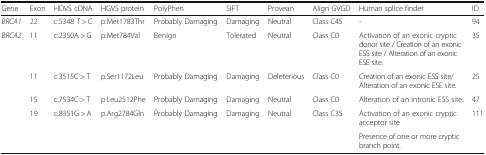
<table><thead><tr><td><b>Gene</b></td><td><b>Exon</b></td><td><b>HDVS cDNA</b></td><td><b>HGVS protein</b></td><td><b>PolyPhen</b></td><td><b>SIFT</b></td><td><b>Provean</b></td><td><b>Align GVGD</b></td><td><b>Human splice finder</b></td><td><b>ID</b></td></tr></thead><tbody><tr><td><i>BRCA1</i></td><td>22</td><td>c.5348 T &gt; C</td><td>p.Met1783Thr</td><td>Probably Damaging</td><td>Damaging</td><td>Neutral</td><td>Class C45</td><td>-</td><td>94</td></tr><tr><td rowspan="5"><i>BRCA2</i></td><td>11</td><td>c.2350A &gt; G</td><td>p.Met784Val</td><td>Benign</td><td>Tolerated</td><td>Neutral</td><td>Class C0</td><td>Activation of an exonic cryptic donor site / Creation of an exonic ESS site / Alteration of an exonic ESE site.</td><td>35</td></tr><tr><td>11</td><td>c.3515C &gt; T</td><td>p.Ser1172Leu</td><td>Probably Damaging</td><td>Damaging</td><td>Deleterious</td><td>Class C0</td><td>Creation of an exonic ESS site/Alteration of an exonic ESE site.</td><td>25</td></tr><tr><td>15</td><td>c.7534C &gt; T</td><td>p.Leu2512Phe</td><td>Probably Damaging</td><td>Damaging</td><td>Neutral</td><td>Class C0</td><td>Alteration of an intronic ESS site.</td><td>47</td></tr><tr><td rowspan="2">19</td><td rowspan="2">c.8351G &gt; A</td><td rowspan="2">p.Arg2784Gln</td><td rowspan="2">Probably Damaging</td><td rowspan="2">Damaging</td><td rowspan="2">Neutral</td><td rowspan="2">Class C35</td><td>Activation of an exonic cryptic acceptor site</td><td rowspan="2">111</td></tr><tr><td>Presence of one or more cryptic branch point.</td></tr></tbody></table>